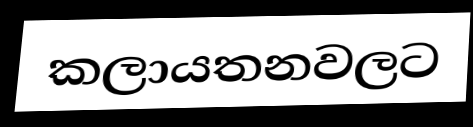
කලායතනවලට